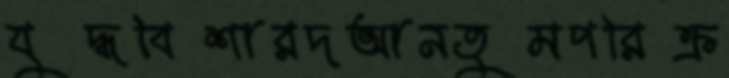
যুদ্ধবিশারদআনতুমপরিক্র